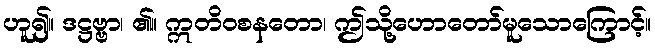
ဟူ၍။ ဒဋ္ဌဗ္ဗာ၊ ၏။ ဣတိဝစနတော၊ ဤသို့ဟောတော်မူသောကြောင့်။